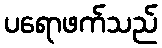
ပရောဖက်သည်